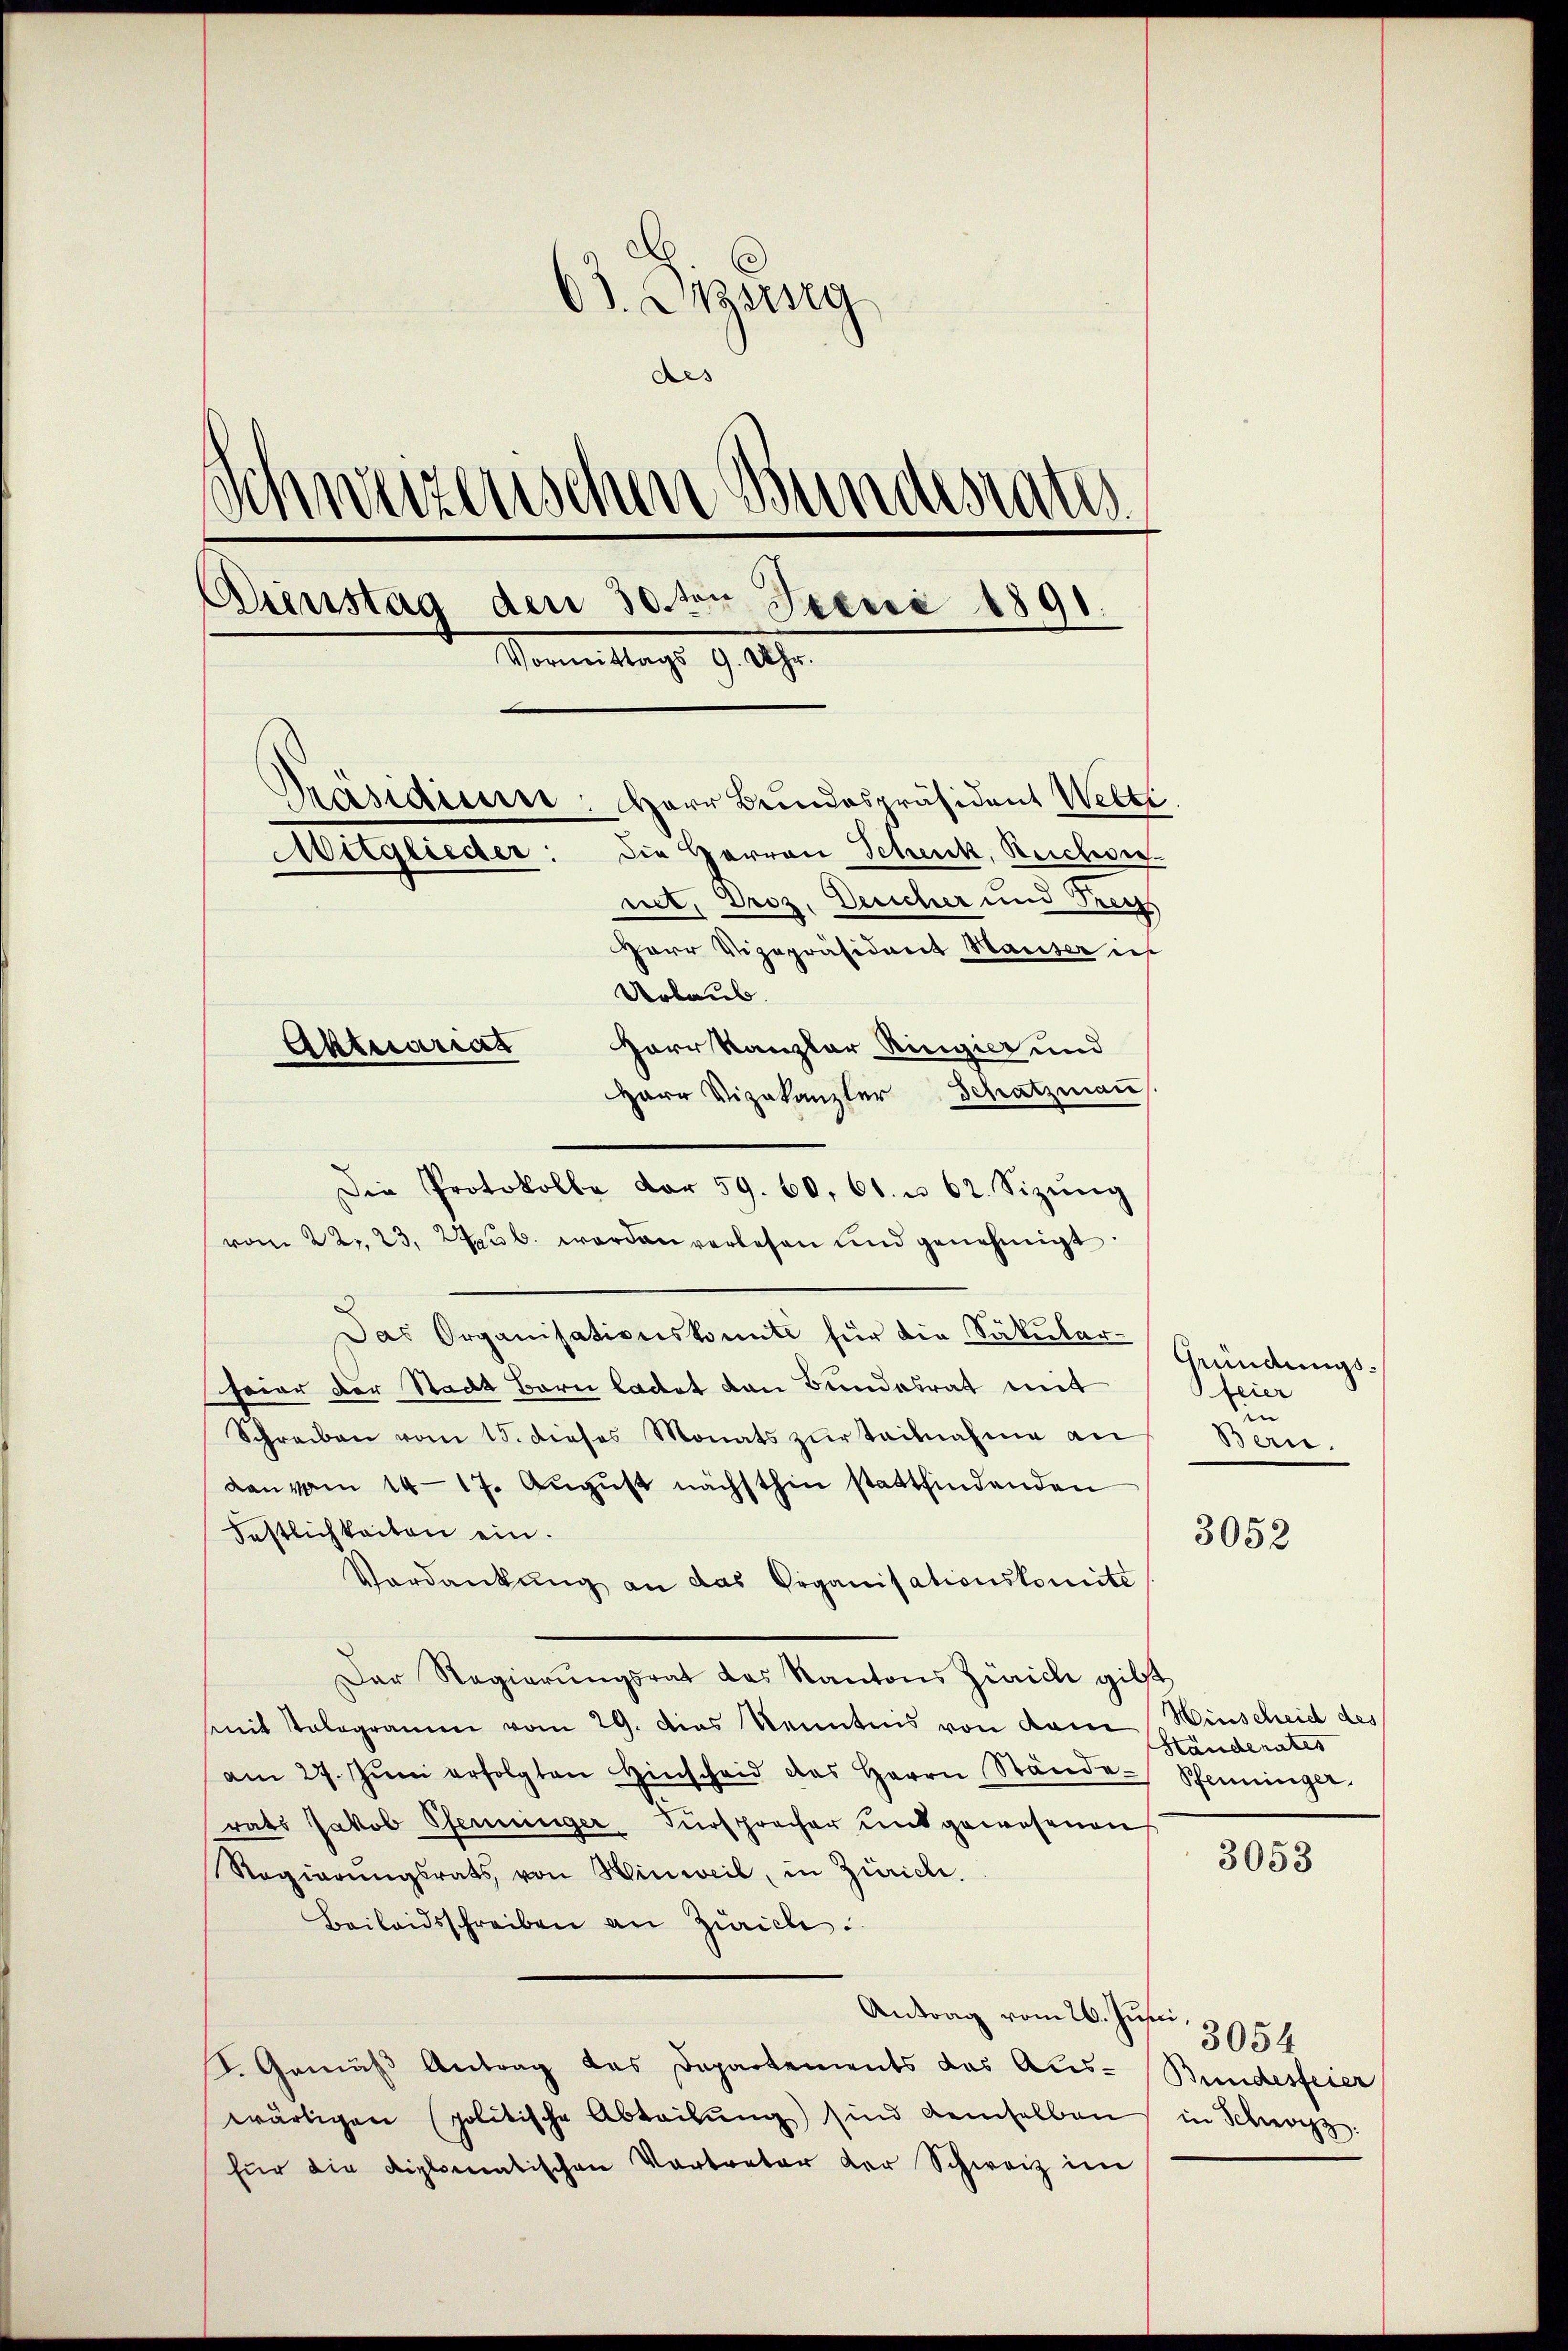
03. Orzsing
des
)
weizenschen Bundesrate
Ainstag den 30.ten Ireni 1891.
Vormittags 9. 19.
Präsidium
Herr Bundespräsident Welti
Die Herren Schenk, Reichvie
Mitglieder:
nit, Droz. Desicher und Tries
Porr Vizepräsident Hauser in
Urlaub.
Herr Kanzler Ringier und
Aktuarias

Herr Vizekanzler Schatzmaṅ
Die Protokolle dar 59. 60, 61 u. 62. Sizŭng
vom 22. 23. Apub. worden verlesen und genehmigt
Das Organisationskomite für die Säkular-
feier der Stadt Bern ladet von Bundesrat mit
Schreiben vom 15. dieses Monats zur Teilnahme an
dan vom 14. 17. Aŭgŭst nächsthin stattfindenden
Festlichkeiten ein.
Verdankŭng an das Organisationskomite
Der Regierungsrat das Kantons Zürich gibt
mit Tologramm vom 29. Das Kenntnis von dem Hinscheid des
am 27. Jŭni erfolgten Hinscheid des Herrn Stände Pfenninger
rats Jakob Pfenninger Fürsprecher und gewesenen
Regierungsrats von Hinweil, in Zürich.
Beilandsschreiben an Zürich.
Antrag vom 26. Jus 3954
S. Gemäß Antrag das Departements das Aus-Bundesfeier
wärtigen politische Abteilŭng sind demselben in Schwyz:
für die diplomatischen Vortreter der Schweiz im

Gründungsfeier
e
Bern.

3052

Handerates

3053